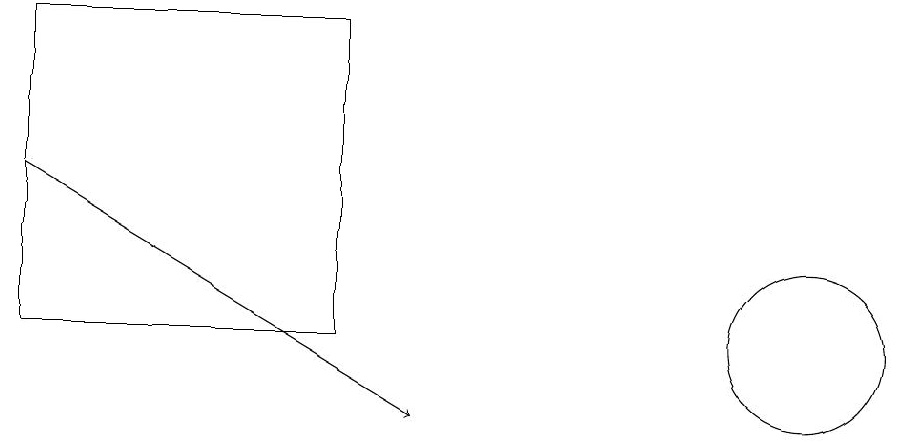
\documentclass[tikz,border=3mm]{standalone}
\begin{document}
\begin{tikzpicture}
\draw (11,12) circle (1);
\draw[->] (1,14) -- (6,11);
\draw (1,16) rectangle (5,12);
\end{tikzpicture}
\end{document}